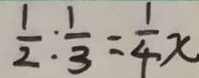
\frac { 1 } { 2 } : \frac { 1 } { 3 } = \frac { 1 } { 4 } x